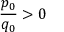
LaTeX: { \frac { p _ { 0 } } { q _ { 0 } } } > 0